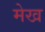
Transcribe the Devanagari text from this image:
मेख